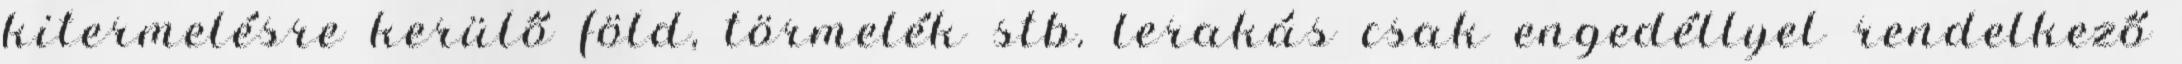
kitermelésre kerülő föld, törmelék stb. lerakás csak engedéllyel rendelkező